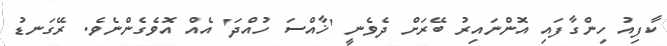
ކާފިއު ހިންގާފައި އޮންނައިރު ބޭރަށް ދެވެނީ 'ޚާއްސަ ހުއްދަ' އެއް އޮވެގެންނެވެ. ރޭގަނޑު